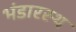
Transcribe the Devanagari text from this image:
भंडारस्थ